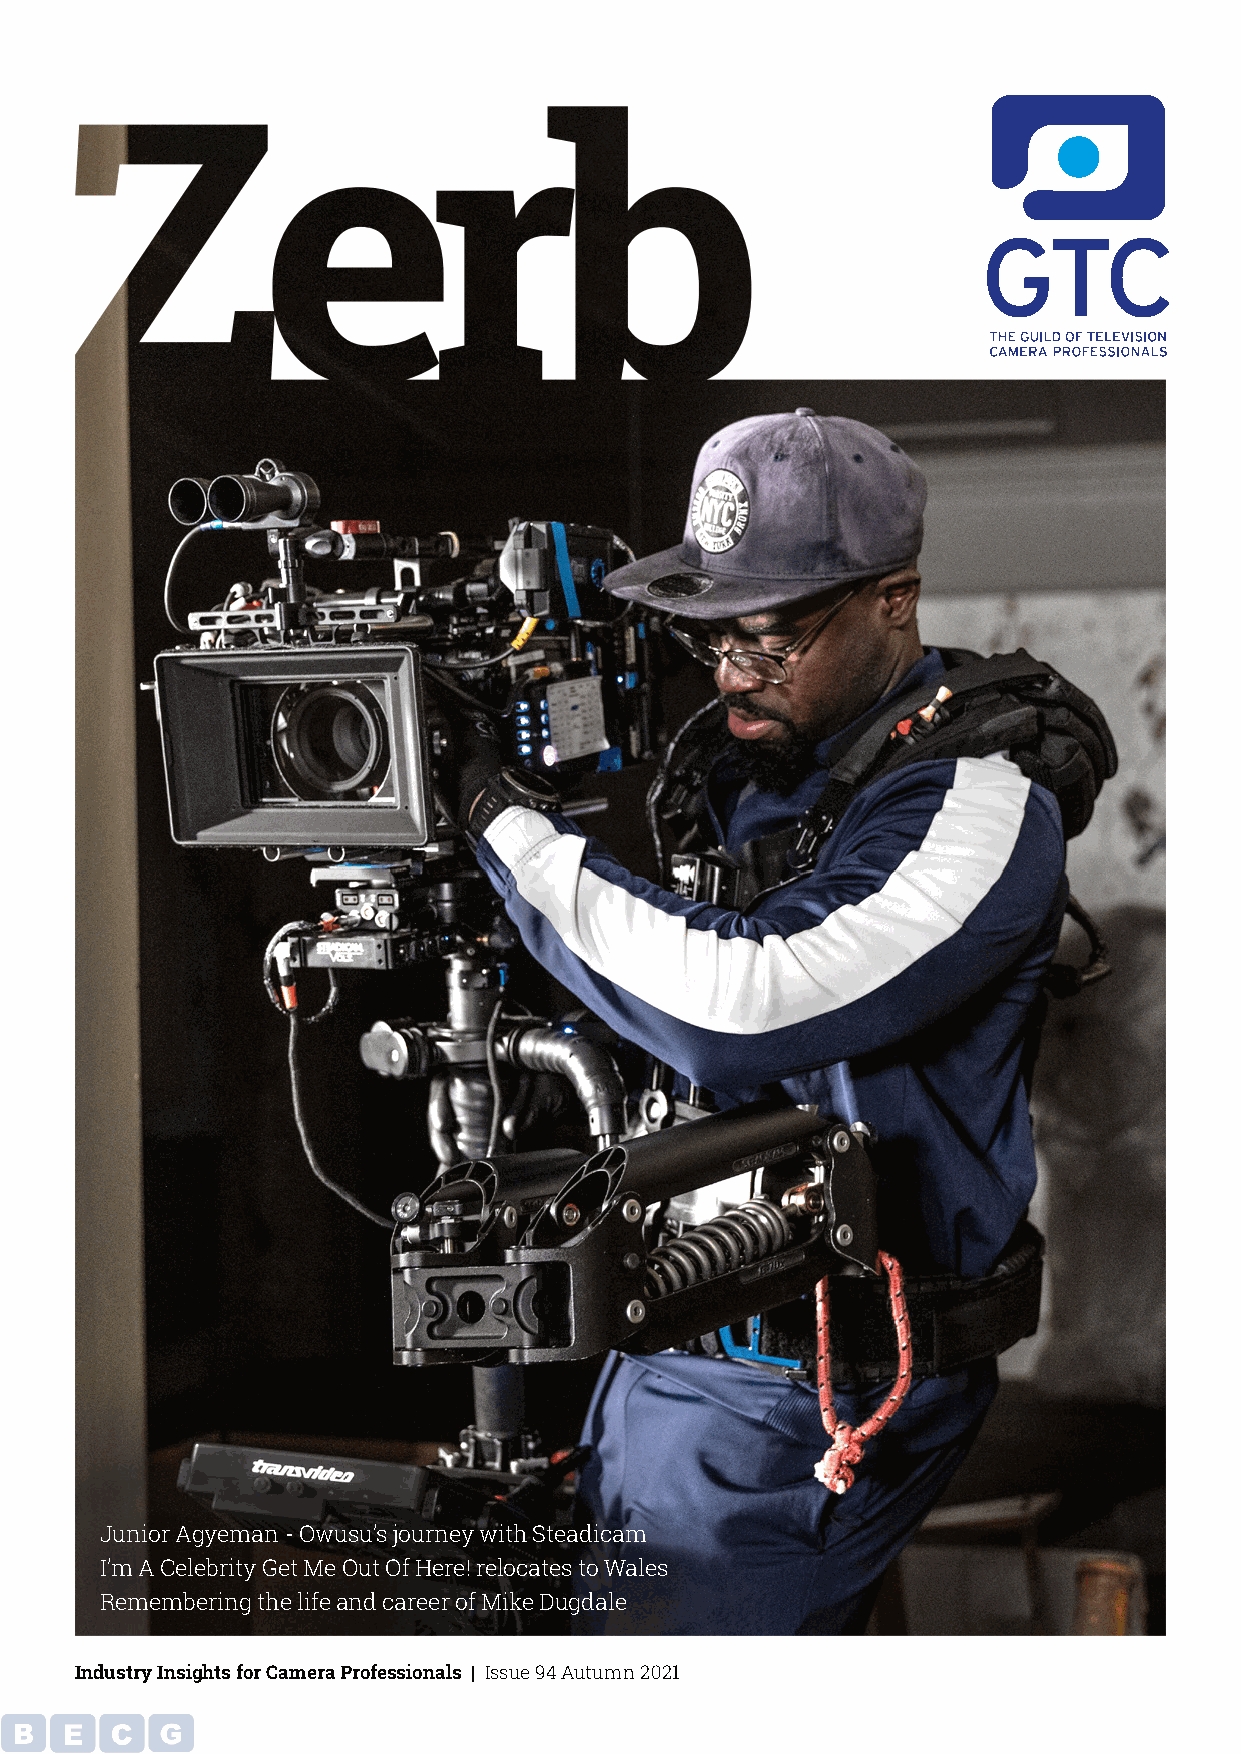
Junior Agyeman - Owusu’s journey with Steadicam
 I’m A Celebrity Get Me Out Of Here! relocates to Wales
 Remembering the life and career of Mike Dugdale
 Industry Insights for Camera Professionals | Issue 94 Autumn 2021